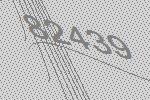
82439